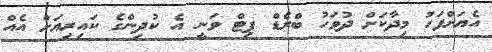
އެޔަށްފަހު މިދާކަށް ދުވަހު ބްރެޑް ޕިޓް ވަނީ އެ ކުދިންގެ ކައިރިޔަށް އެއް